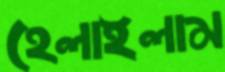
হেলাইলাম